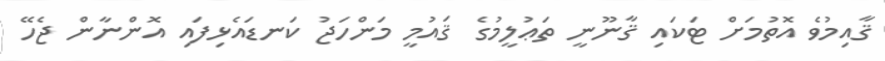
ޤާއިމުވެ އޮތުމަށް ޓަކައި ޤާނޫނީ ތަޢުލީމުގެ ޤައުމީ މަންހަޖު ކަނޑައެޅިފައި އޮންނާން ޖެހޭ